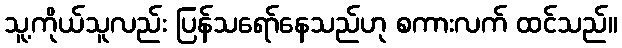
သူ့ကိုယ်သူလည်း ပြန်သရော်နေသည်ဟု စကားလက် ထင်သည်။